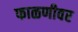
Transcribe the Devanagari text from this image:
फाळणीवर